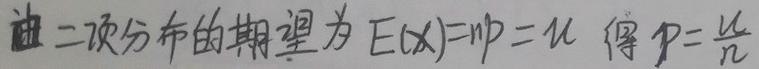
由二项分布的期望为 $E(X)=np = \mu$ 得 $p=\frac{\mu}{n}$